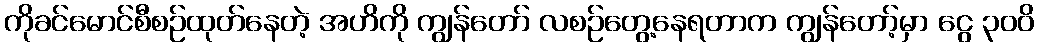
ကိုခင်မောင်စီစဉ်ထုတ်နေတဲ့ အဟိကို ကျွန်တော် လစဉ်တွေ့နေရတာက ကျွန်တော့်မှာ ငွေ ၃၀၀ိ